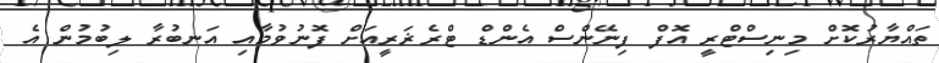
ތައްޔާރުކޮށް މިނިސްޓްރީ އޮފް ފިނޭންސް އެންޑް ޓްރެޜަރީއަށް ފޮނުވުމާއި އަނބުރާ ލިބުމުން އެ